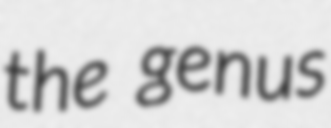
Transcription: the genus